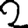
Digit: 2